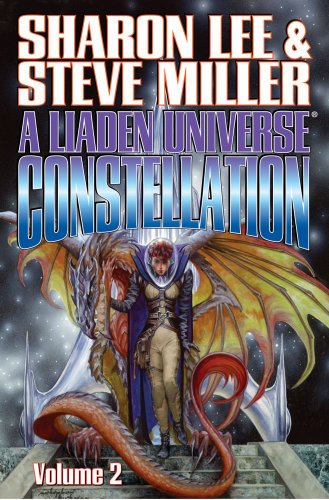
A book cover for A Liaden Universe Constellation, Vol. 2; Sharon Lee; Science Fiction & Fantasy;